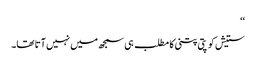
‘‘
ستیش کو پتی پتنی کا مطلب ہی سمجھ میں نہیں آتا تھا۔